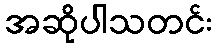
အဆိုပါသတင်း